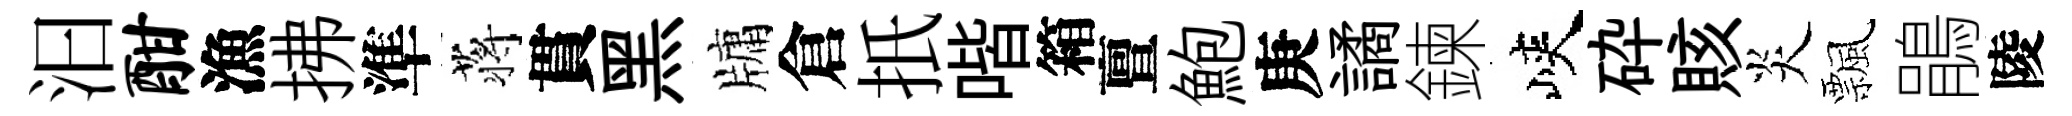
汩酣漁拂準蒋貫黑牗倉扺喈箱亶鮑庚譎鍊峽砕賅炎飄鵑陵